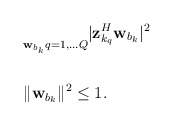
\begin{align*}\begin{aligned}& \underset{\mathbf{w}_{b_k}}{} \underset{q = 1, \ldots Q}{} |\mathbf{z}_{k_q}^H\mathbf{w}_{b_k}|^2 \\& \\&\|\mathbf{w}_{b_k}\|^2 \leq 1. \\\end{aligned}\end{align*}